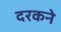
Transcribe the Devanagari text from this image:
दरकने